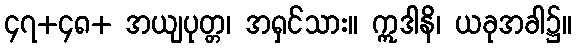
၄၇+၄၈+ အယျပုတ္တ၊ အရှင်သား။ ဣဒါနိ၊ ယခုအခါ၌။